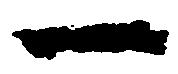
一